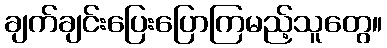
ချက်ချင်းပြေးပြောကြမည့်သူတွေ။